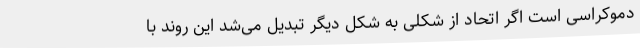
دموکراسی است اگر اتحاد از شکلی به شکل دیگر تبدیل می‌شد این روند با